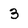
Character: 3